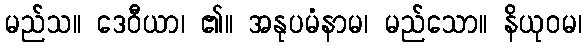
မည်သ။ ဒေဝီယာ၊ ၏။ အနုပမံနာမ၊ မည်သော။ နိယုဝမ၊